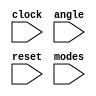
module sine_cosine( input clock, input signed [15:0] angle,input reset,input modes);

wire signed [15:0] arc_tan [0:14];
reg signed [15:0] sine;
integer count = 0;
assign arc_tan[00] = 16'b0010000000000000;
assign arc_tan[01] = 16'b0001001011100100;
assign arc_tan[02] = 16'b0000100111111011;
assign arc_tan[03] = 16'b0000010100010001;
assign arc_tan[04] = 16'b0000001010001011;
assign arc_tan[05] = 16'b0000000101000101;
assign arc_tan[06] = 16'b0000000010100010;
assign arc_tan[07] = 16'b0000000001010001;
assign arc_tan[08] = 16'b0000000000101000;
assign arc_tan[09] = 16'b0000000000010100;
assign arc_tan[10] = 16'b0000000000001010;
assign arc_tan[11] = 16'b0000000000000101;
assign arc_tan[12] = 16'b0000000000000010;
assign arc_tan[13] = 16'b0000000000000001;
assign arc_tan[14] = 16'b0000000000000000;

reg signed [15:0] x0;
reg signed [15:0] y0;
reg signed [15:0] x1;
reg signed [15:0] x2;
reg signed [15:0] y1;
reg signed [15:0] y2;
reg signed [15:0] z;
reg signed [15:0] z0;


always @(reset,angle)
	begin
	if(reset)
		begin
		 x0<=16'b0100101100110001;
		 y0<=16'b0000000000000000;
		 z0<=angle;
		 end
	else
		z0<=angle;	 
	end
	


always @ (posedge clock)
begin
	
	count <= count+1;
	if(count == 0) 
		begin
		x1<=x0;
		y1<=y0;
		z <=z0;
		end
   else if(count == 1)
		begin
			if(z[15])
			begin 
			 x2 <= x1 + y1;
			 y2 <= y1 - x1;
			 z <= z + arc_tan[00];
			 
			end
			else
			begin
			 x2 <= x1 - y1;
			 y2 <= y1 + x1;
			 z  <= z - arc_tan[00];
			 end
  	end
	
	else if(count%2==0)
		begin
			x1<=x2;
			y1<=y2;
		end
   else if(count == 31)
		begin
			sine <= y2;
			cosine <= x2;
		end
	
	else 
		begin 
		 if(z[15])
		 begin 
			 
		   x2 <= x1 + (y1>>>(count>>>1));
			y2 <= y1 - (x1>>>(count>>>1));
			z  <= z + (arc_tan[count>>>1]);
		
			sine <= x2;
			cosine <= y2;
		   end
		 
		 else
		 begin
			 x2 <= x1 - (y1>>>(count>>>1));
			 y2 <= y1 + (x1>>>(count>>>1));
			 z  <= z - (arc_tan[count>>>1]);
			
			 sine <= y2;
			 cosine <= x2;
		 end
		end
	
		 
	end
	endmodule